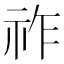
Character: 祚